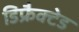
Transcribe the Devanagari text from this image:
डिफ्रैक्टेड